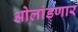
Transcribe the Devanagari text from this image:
ओलांडणार